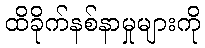
ထိခိုက်နစ်နာမှုများကို